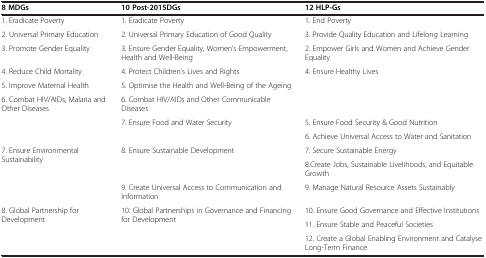
<table><thead><tr><td><b>8 MDGs</b></td><td><b>10 Post-2015DGs</b></td><td><b>12 HLP-Gs</b></td></tr></thead><tbody><tr><td>1. Eradicate Poverty</td><td>1. Eradicate Poverty</td><td>1. End Poverty</td></tr><tr><td>2. Universal Primary Education</td><td>2. Universal Primary Education of Good Quality</td><td>3. Provide Quality Education and Lifelong Learning</td></tr><tr><td>3. Promote Gender Equality</td><td>3. Ensure Gender Equality, Women’s Empowerment, Health and Well-Being</td><td>2. Empower Girls and Women and Achieve Gender Equality</td></tr><tr><td>4. Reduce Child Mortality</td><td>4. Protect Children’s Lives and Rights</td><td>4. Ensure Healthy Lives</td></tr><tr><td>5. Improve Maternal Health</td><td>5. Optimise the Health and Well-Being of the Ageing</td><td> </td></tr><tr><td>6. Combat HIV/AIDs, Malaria and Other Diseases</td><td>6. Combat HIV/AIDs and Other Communicable Diseases</td><td> </td></tr><tr><td rowspan="2"> </td><td rowspan="2">7. Ensure Food and Water Security</td><td>5. Ensure Food Security &amp; Good Nutrition</td></tr><tr><td>6. Achieve Universal Access to Water and Sanitation</td></tr><tr><td rowspan="2">7. Ensure Environmental Sustainability</td><td rowspan="2">8. Ensure Sustainable Development</td><td>7. Secure Sustainable Energy</td></tr><tr><td>8.Create Jobs, Sustainable Livelihoods, and Equitable Growth</td></tr><tr><td> </td><td>9. Create Universal Access to Communication and Information</td><td>9. Manage Natural Resource Assets Sustainably</td></tr><tr><td rowspan="2">8. Global Partnership for Development</td><td rowspan="2">10. Global Partnerships in Governance and Financing for Development</td><td>10. Ensure Good Governance and Effective Institutions</td></tr><tr><td>11. Ensure Stable and Peaceful Societies</td></tr><tr><td> </td><td> </td><td>12. Create a Global Enabling Environment and Catalyse Long-Term Finance</td></tr></tbody></table>